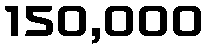
150,000